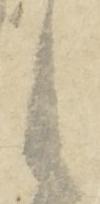
之